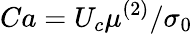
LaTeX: Ca=U_{c}\mu^{(2)}/\sigma_{0}